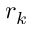
r _ { k }